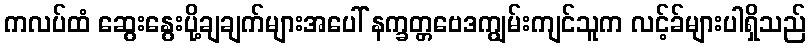
ကလပ်ထံ ဆွေးနွေးပို့ချချက်များအပေါ် နက္ခတ္တဗေဒကျွမ်းကျင်သူက လင့်ခ်များပါရှိသည်